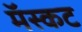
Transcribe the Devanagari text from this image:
मॅस्कट